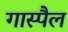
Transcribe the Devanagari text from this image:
गास्पैल